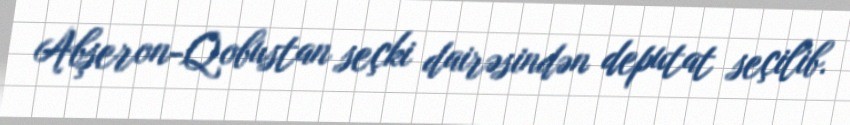
Abşeron-Qobustan seçki dairəsindən deputat seçilib.